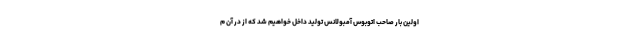
اولین بار صاحب اتوبوس آمبولانس تولید داخل خواهیم شد که از در آن م